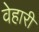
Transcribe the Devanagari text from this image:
वेहारी